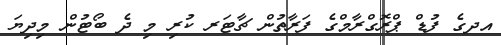
އދގެ ފުޑް ޕްރޮގްރާމްގެ ފަރާތުން ޗާޓަރ ކުރި މި ދެ ބޯޓުން މިދިޔަ